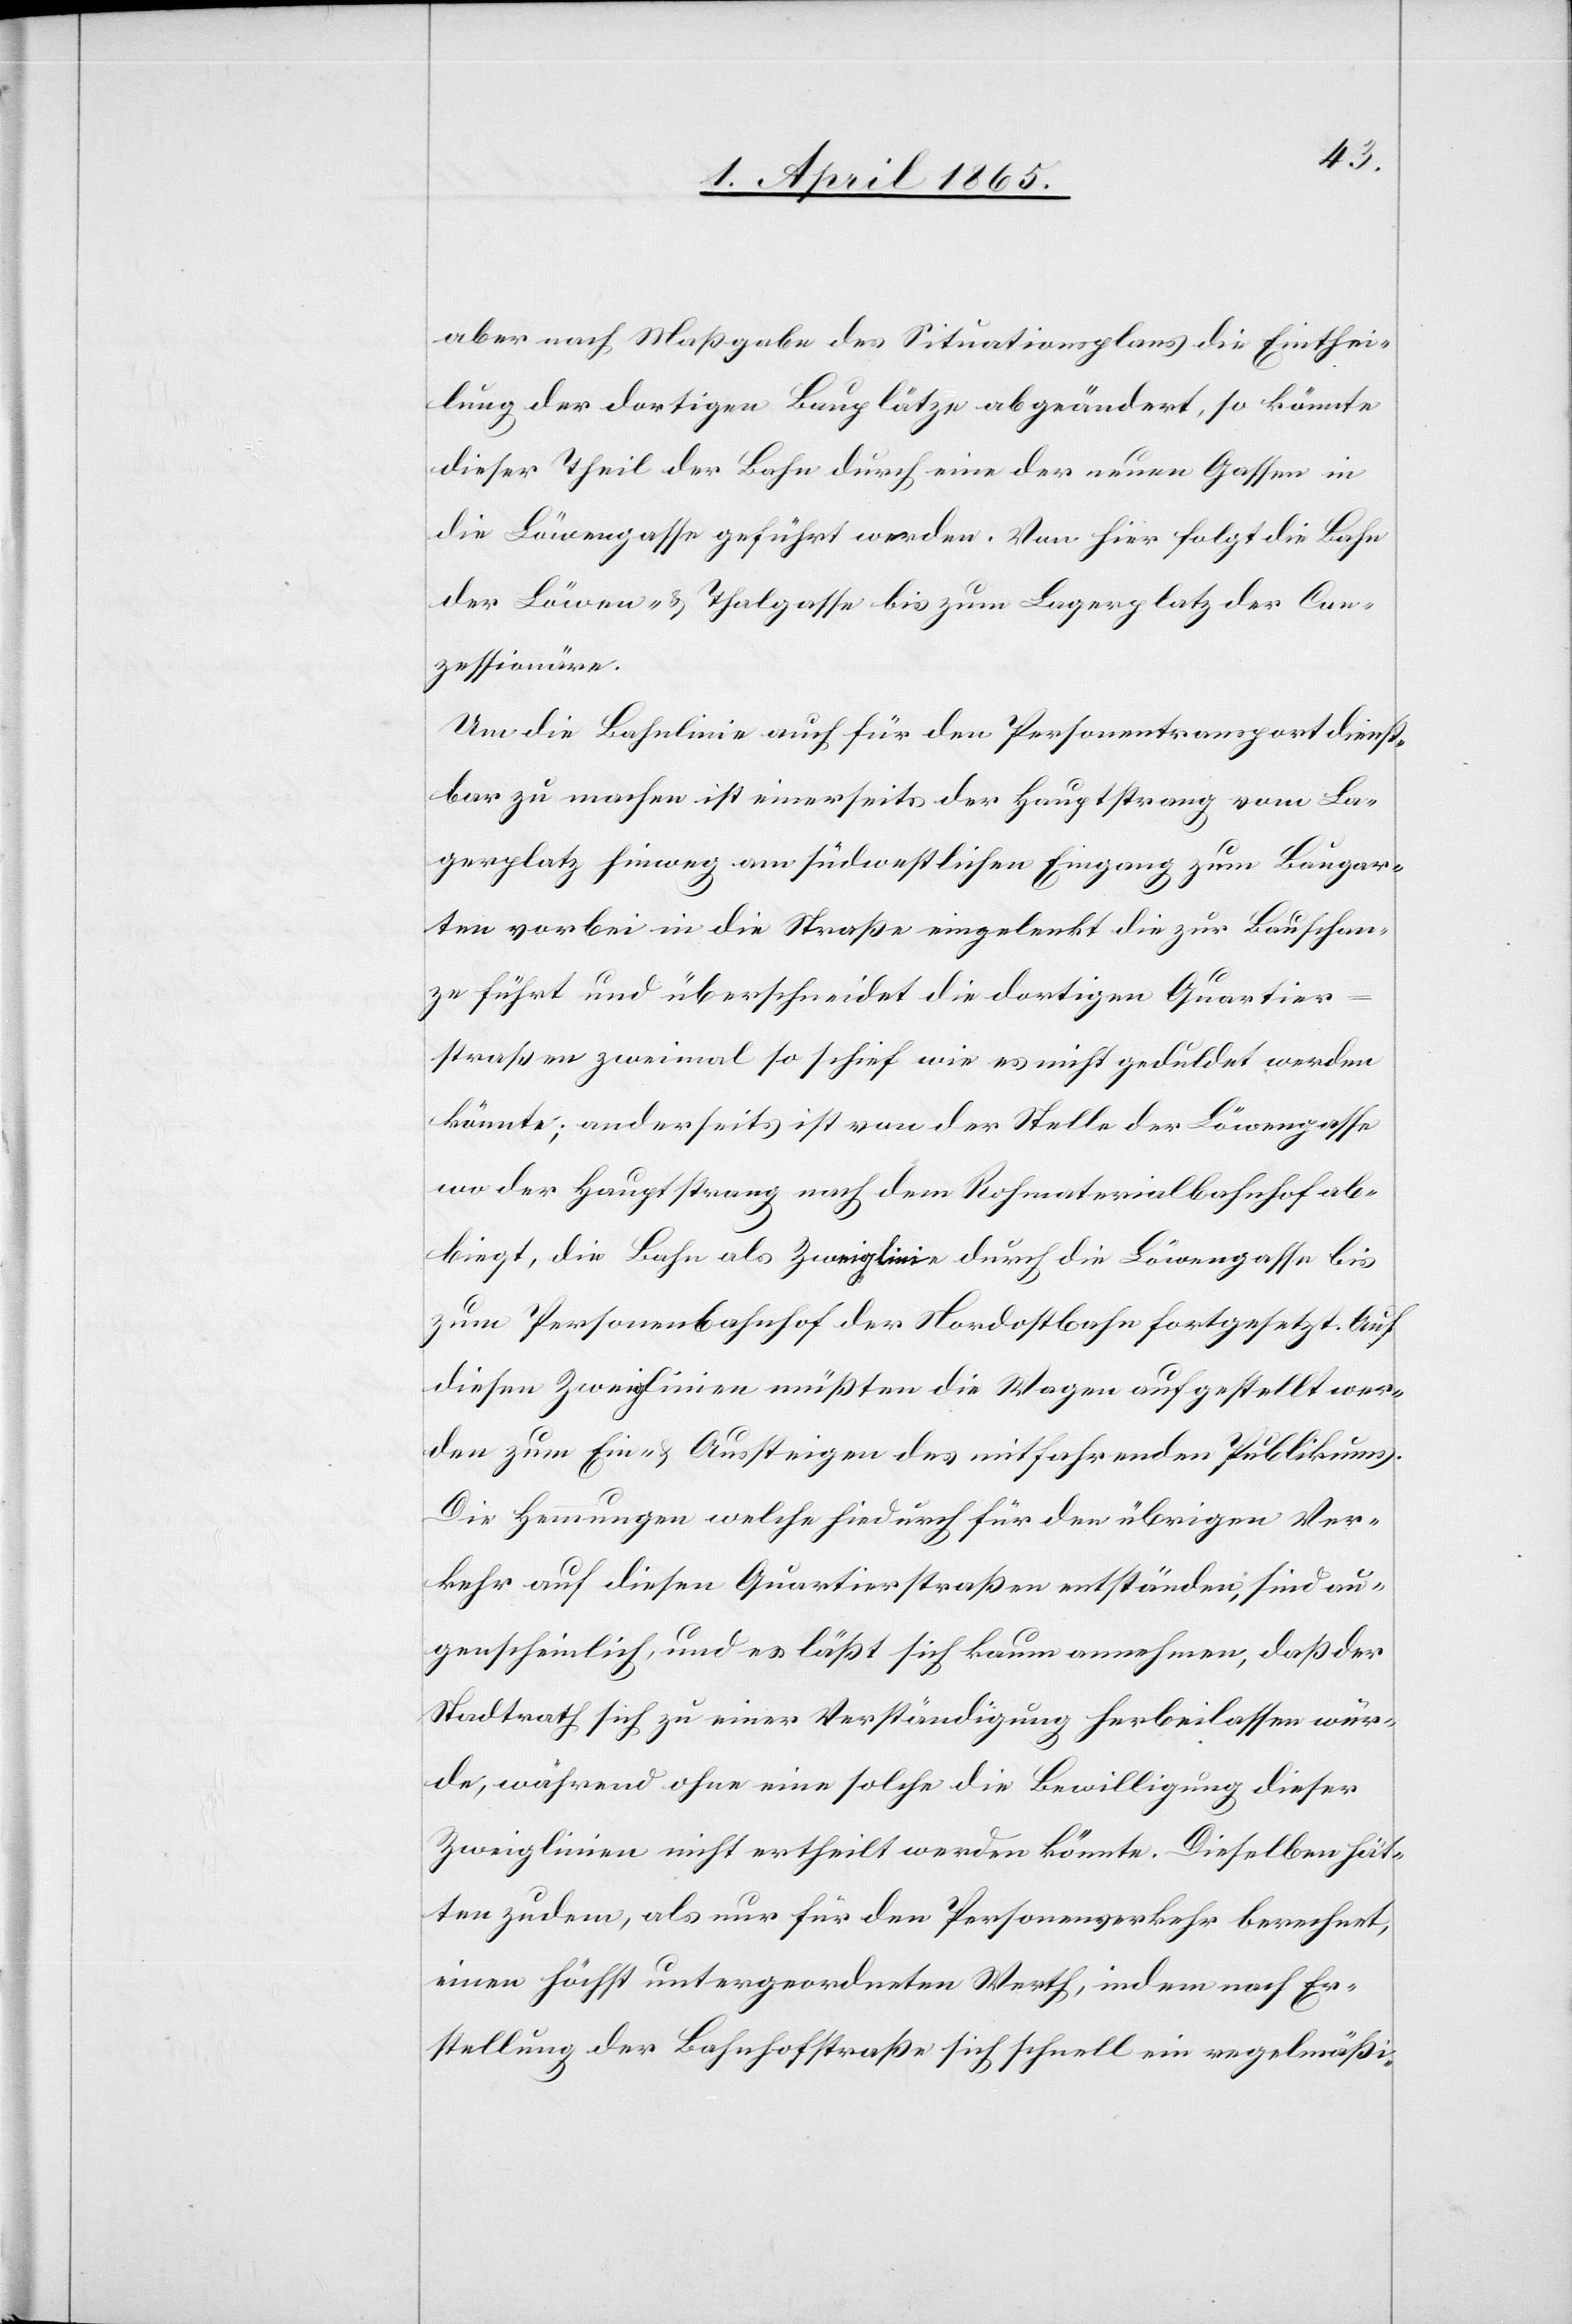
aber nach Maßgabe des Situationsplans die Einthei¬
lung der dortigen Bauplätze abgeändert, so könnte
dieser Theil der Bahn durch eine der neuen Gassen in
die Löwengasse geführt werden. Von hier folgt die Bahn
der Löwen- & Thalgasse bis zum Lagerplatz der Con¬
zessionäre.
Um die Bahnlinie auch für den Personentransport dienst¬
bar zu machen ist einerseits der Hauptstrang vom La¬
gerplatz hinweg am südwestlichen Eingang zum Baugar¬
ten vorbei in die Straße eingelenkt die zur Bauschan¬
ze führt und überschneidet die dortigen Quartier¬
straßen zweimal so schief wie es nicht geduldet werden
könnte; anderseits ist von der Stelle der Löwengasse
wo der Hauptstrang nach dem Rohmaterialbahnhof ab¬
biegt, die Bahn als Zweiglinie durch die Löwengasse bis
zum Personenbahnhof der Nordostbahn fortgesetzt. Auf
diesen Zweiglinie müßten die Wagen aufgestellt wer¬
den zum Ein- & Aussteigen des mitfahrenden Publikums.
Die Hemmungen welche hiedurch für den übrigen Ver¬
kehr auf diesen Quartierstraßen entständen, sind au¬
genscheinlich, und es läßt sich kaum annehmen, daß der
Stadtrath sich zu einer Verständigung herbeilassen wür¬
de, während ohne eine solche die Bewilligung dieser
Zweiglinien nicht ertheilt werden könnte. Dieselben hät¬
ten zudem, als nur für den Personenverkehr berechnet,
einen höchst untergeordneten Werth, indem nach Er¬
stellung der Bahnhofstraße sich schnell ein regelmäßi-